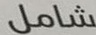
شامل